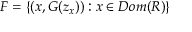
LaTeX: F = \{ ( x , G ( z _ { x } ) ) : x \in D o m ( R ) \}